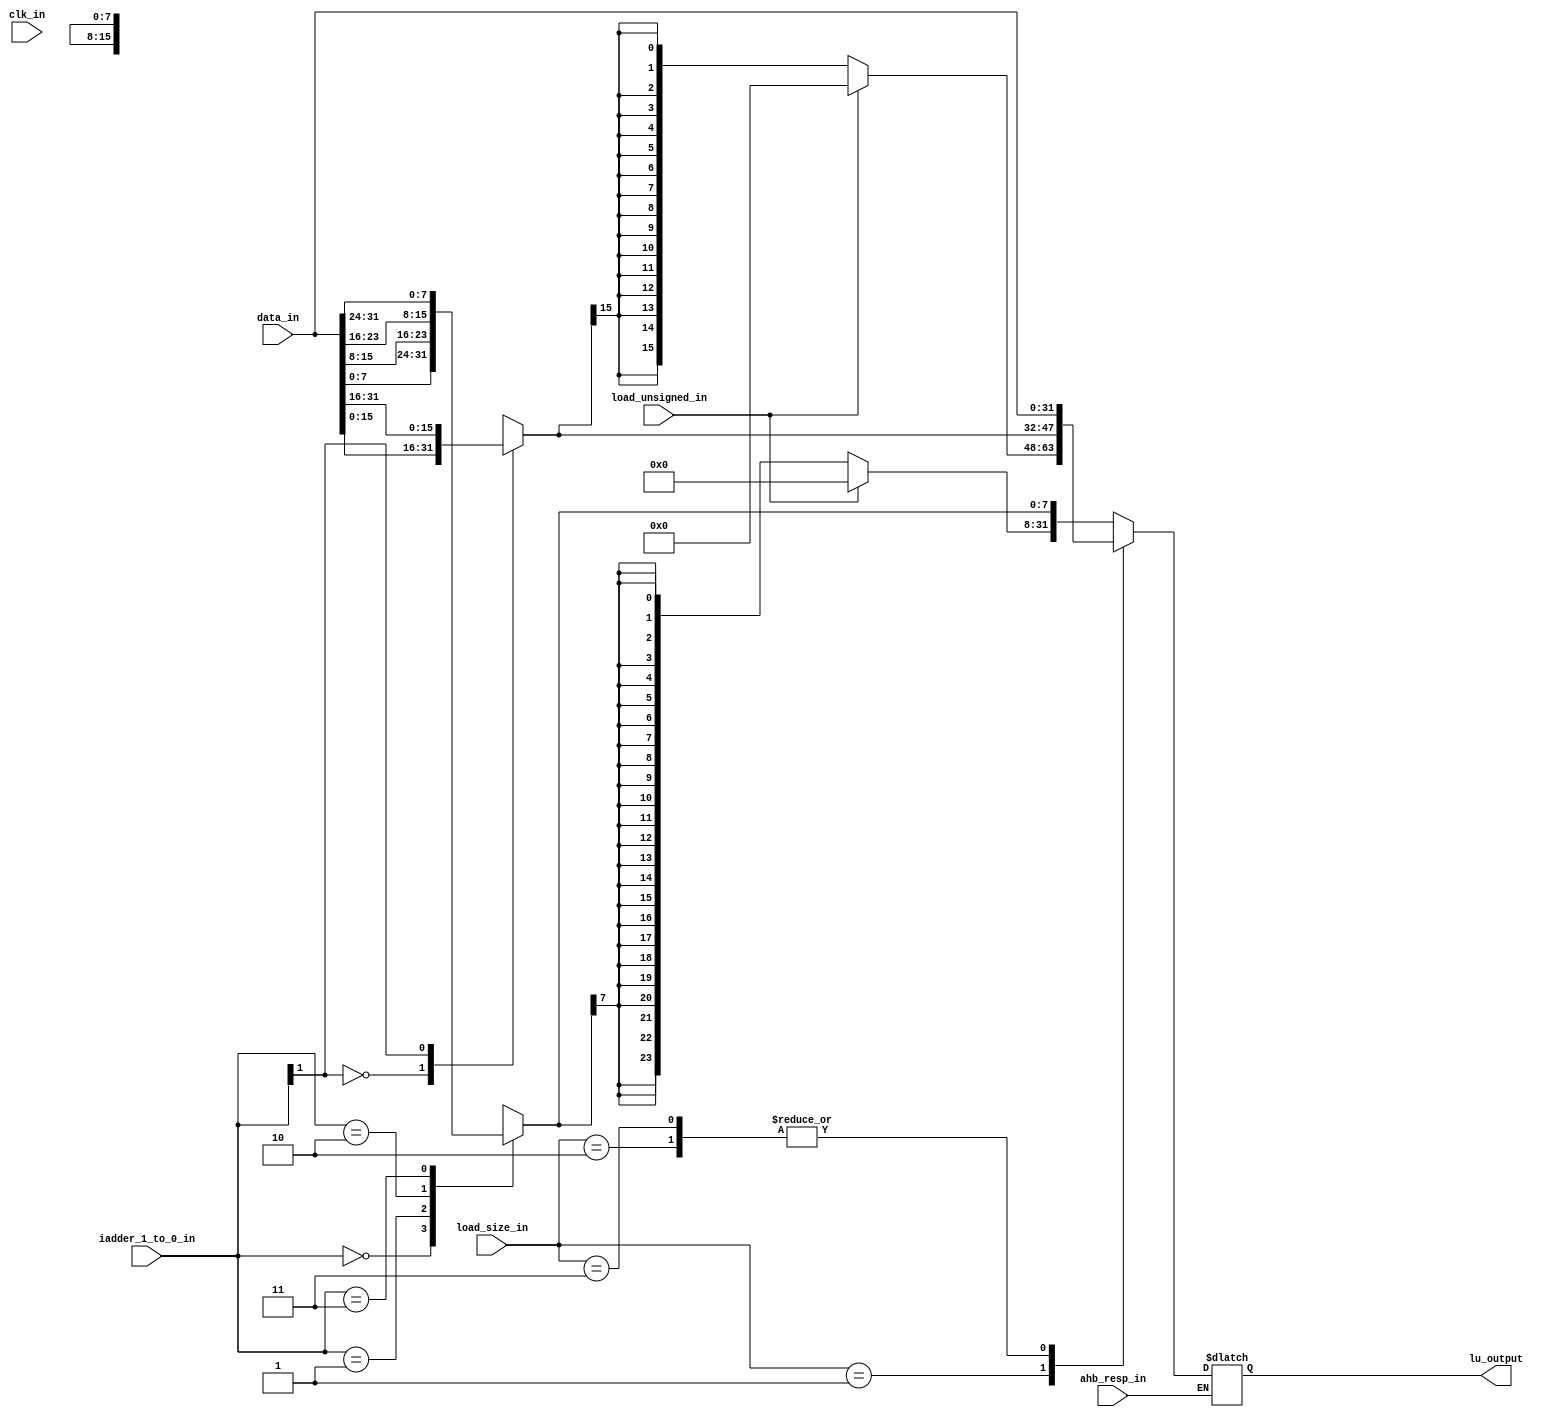
module msrv32_lu(
                 input  [1:0] load_size_in,        
                 input  clk_in,
                 input  load_unsigned_in,          
                 input  [31:0] data_in,             
                 input  [1:0] iadder_1_to_0_in,     
                 input  ahb_resp_in,                
                 output reg [31:0] lu_output       
                 ); 
        
    
   reg [7:0] data_byte; 
   reg [15:0] data_half;    
   wire [23:0] byte_ext;
   wire [15:0] half_ext;
    
   always @(*)
   begin
      begin
      if(!ahb_resp_in)
      case(load_size_in)
        
            2'b00: lu_output = {byte_ext, data_byte};
            2'b01: lu_output = {half_ext, data_half};
            2'b10: lu_output = data_in;
            2'b11: lu_output = data_in;
            
      endcase
      end      
   end
    
   always @*
   begin
      
      case(iadder_1_to_0_in)
        
         2'b00: data_byte = data_in[7:0];
         2'b01: data_byte = data_in[15:8];
         2'b10: data_byte = data_in[23:16];
         2'b11: data_byte = data_in[31:24];
            
      endcase
      
   end
    
   always @*
   begin
      
      case(iadder_1_to_0_in[1])
        
         1'b0: data_half = data_in[15:0];
         1'b1: data_half = data_in[31:16];
            
      endcase
    
   end
   

   assign byte_ext = load_unsigned_in == 1'b1 ? 24'b0 : {24{data_byte[7]}};
   assign half_ext = load_unsigned_in == 1'b1 ? 16'b0 : {16{data_half[15]}};
   
endmodule